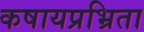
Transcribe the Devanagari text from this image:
कषायप्रभ्रिता